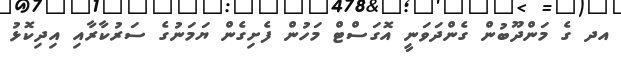
އދ ގެ މަންދޫބުން ގެންދަވަނީ އޮގަސްޓް މަހުން ފެށިގެން ޔަމަނުގެ ސަރުކާރާއި އިދިކޮޅު